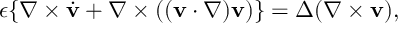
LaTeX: \epsilon \{ \nabla \times \dot { \bf v } + \nabla \times ( ( { \bf v } \cdot \nabla ) { \bf v } ) \} = \Delta ( \nabla \times { \bf v } ) ,